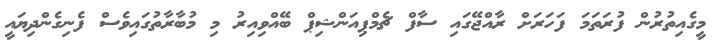
މީގެއިތުރުން ފުރަތަމަ ފަހަރަށް ރާއްޖޭގައި ސާފް ޗެމްޕިއަންޝިޕް ބޭއްވިއިރު މި މުބާރާތުގައިވެސް ފެނިގެންދިޔައީ